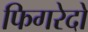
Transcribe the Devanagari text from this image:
फिगरेदो